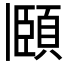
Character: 頥